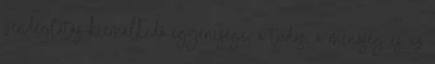
vendéglátás kiemelkedô egyénisége, a tudás, a minôség és az